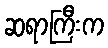
ဆရာကြီးက